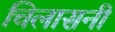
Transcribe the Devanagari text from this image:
चिलासनी